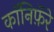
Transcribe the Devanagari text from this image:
कॉनिफ़ॅरे